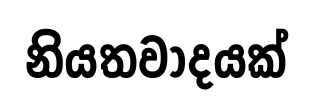
නියතවාදයක්